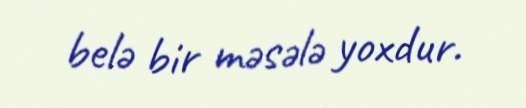
belə bir məsələ yoxdur.